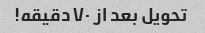
تحویل بعد از ۷۰ دقیقه!